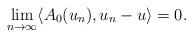
LaTeX: \begin{align*}\lim_{n\rightarrow\infty} \langle A_0(u_n), u_n - u \rangle = 0.\end{align*}